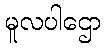
မူလပါဌော